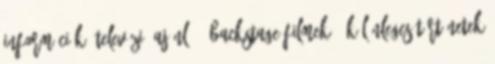
információk, televízió Ajánló - Backstage filmek - Különleges történetek